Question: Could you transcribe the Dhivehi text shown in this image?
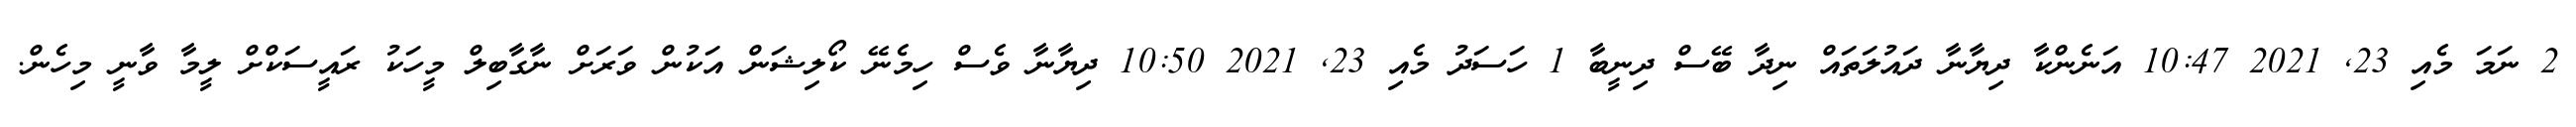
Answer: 2 ނަމަ މެއި 23, 2021 10:47 އަނެންކާ ދިޔާނާ ދައުލަތައް ނިދާ ބޭސް ދިނީބާ 1 ހަސަދު މެއި 23, 2021 10:50 ދިޔާނާ ވެސް ހިމެނޭ ކޯލިޝަން އަކުން ވަރަށް ނާގާބިލް މީހަކު ރައީސަކްށް ލީމާ ވާނީ މިހެން.